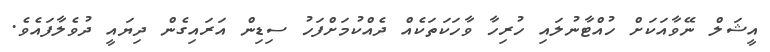
އީޝަލް ނޭވާއަކަށް ހުއްޓާނުލައި ހުރިހާ ވާހަކަތަކެއް ދެއްކުމަށްފަހު ސިޑިން އަރައިގެން ދިޔައީ ދުވެލާފައެވެ.